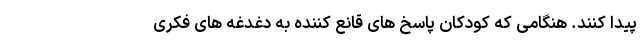
پیدا کنند. هنگامی که کودکان پاسخ های قانع کننده به دغدغه های فکری